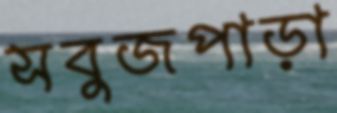
সবুজপাড়া